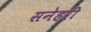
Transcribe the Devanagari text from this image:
सनेहरी